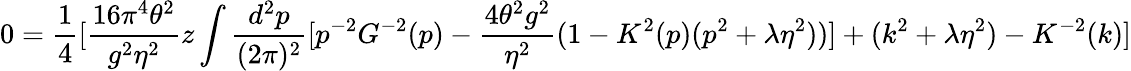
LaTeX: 0=\frac{1}{4}[\frac{16\pi^{4}\theta^{2}}{g^{2}\eta^{2}}z\int\frac{d^{2}p}{(2\pi)^{2}}[p^{-2}G^{-2}(p)-\frac{4\theta^{2}g^{2}}{\eta^{2}}(1-K^{2}(p)(p^{2}+\lambda\eta^{2}))]+(k^{2}+\lambda\eta^{2})-K^{-2}(k)]